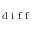
_ { \textrm { d i f f } }